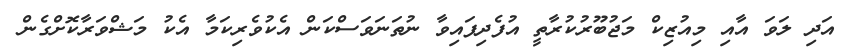
އަދި ލަވަ އާއި މިއުޒިކް މަޖުބޫރުކުރާތީ އުފެދިފައިވާ ނުތަނަވަސްކަން އެކުވެރިކަމާ އެކު މަޝްވަރާކޮށްގެން